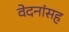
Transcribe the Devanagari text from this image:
वेदनांसह